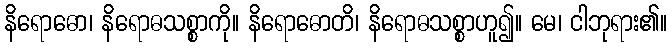
နိရောဓော၊ နိရောဓသစ္စာကို။ နိရောဓောတိ၊ နိရောဓသစ္စာဟူ၍။ မေ၊ ငါဘုရား၏။